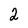
Character: 2